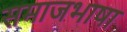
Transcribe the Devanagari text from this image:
समाजभाषा